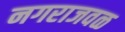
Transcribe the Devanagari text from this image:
नगराजवळ